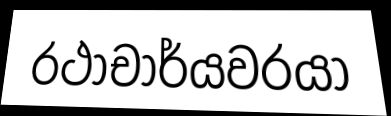
රථාචාර්යවරයා